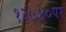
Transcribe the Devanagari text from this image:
१३७४०पर